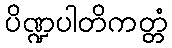
ပိဏ္ဍပါတိကတ္တံ